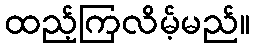
ထည့်ကြလိမ့်မည်။